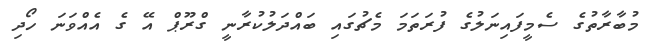
މުބާރާތުގެ ސެމީފައިނަލުގެ ފުރަތަމަ މެޗުގައި ބައްދަލުކުރާނީ ގްރޫޕް އޭ ގެ އެއްވަނަ ހޯދި